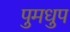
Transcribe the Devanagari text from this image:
पुमधुप